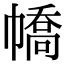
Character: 𢄹